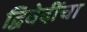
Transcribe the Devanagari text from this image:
द्विवेदींचा